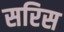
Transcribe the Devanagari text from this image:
सरिस